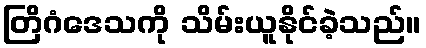
တြိဂံဒေသကို သိမ်းယူနိုင်ခဲ့သည်။